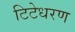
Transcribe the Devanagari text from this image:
टिटेधरण